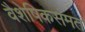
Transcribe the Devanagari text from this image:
वैशेषिकसंमत